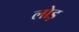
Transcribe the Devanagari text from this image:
लोड़